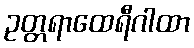
ဥတ္တရာထေရီဂါထာ